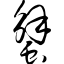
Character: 蟹